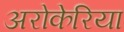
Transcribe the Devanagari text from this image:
अरोकेरिया